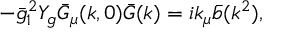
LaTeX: - \bar { g } _ { 1 } ^ { 2 } Y _ { g } \bar { G } _ { \mu } ( k , 0 ) \bar { G } ( k ) = i k _ { \mu } \bar { b } ( k ^ { 2 } ) ,